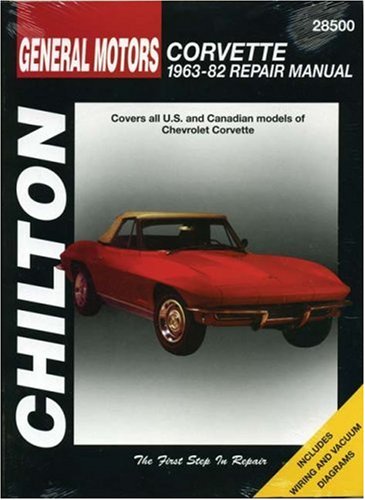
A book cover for Chevrolet Corvette, 1963-82 (Chilton Total Car Care Series Manuals); Chilton; Engineering & Transportation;